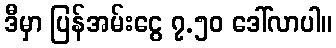
ဒီမှာ ပြန်အမ်းငွေ ၇.၅၀ ဒေါ်လာပါ။